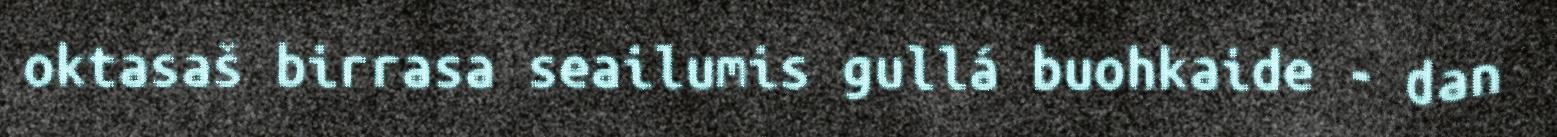
oktasaš birrasa seailumis gullá buohkaide - dan